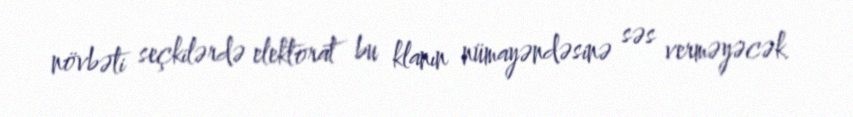
növbəti seçkilərdə elektorat bu klanın nümayəndəsinə səs verməyəcək.